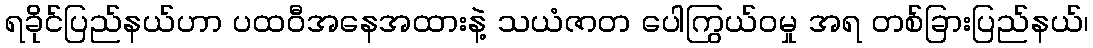
ရခိုင်ပြည်နယ်ဟာ ပထဝီအနေအထားနဲ့ သယံဇာတ ပေါကြွယ်ဝမှု အရ တစ်ခြားပြည်နယ်၊